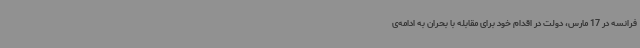
فرانسه در 17 مارس، دولت در اقدام خود برای مقابله با بحران به ادامه‌ی